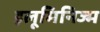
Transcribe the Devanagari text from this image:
इलूमिनिज्म